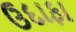
ઉદાફા